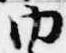
内